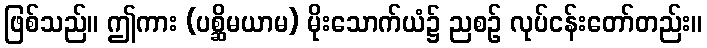
ဖြစ်သည်။ ဤကား (ပစ္ဆိမယာမ) မိုးသောက်ယံ၌ ညစဉ် လုပ်ငန်းတော်တည်း။